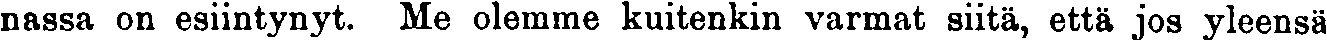
nassa on esiintynyt. Me olemme kuitenkin varmat siitä, että jos yleensä